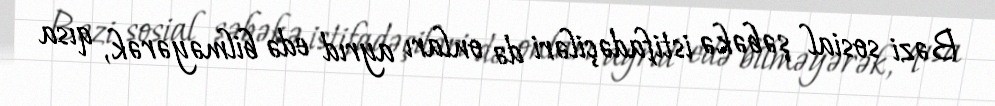
Bəzi sosial şəbəkə istifadəçiləri də onları ayrıd edə bilməyərək, qısa